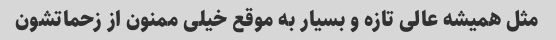
مثل همیشه عالی تازه و بسیار به موقع خیلی ممنون از زحماتشون